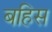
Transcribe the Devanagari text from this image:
बहिस